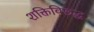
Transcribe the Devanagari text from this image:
शक्तिविरूद्ध